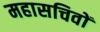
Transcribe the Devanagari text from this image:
महासचिवों